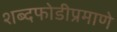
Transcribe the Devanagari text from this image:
शब्दफोडीप्रमाणे